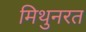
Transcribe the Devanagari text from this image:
मिथुनरत